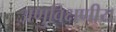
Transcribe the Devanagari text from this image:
अणुविक्षणीय